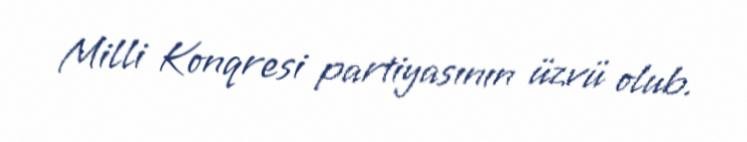
Milli Konqresi partiyasının üzvü olub.